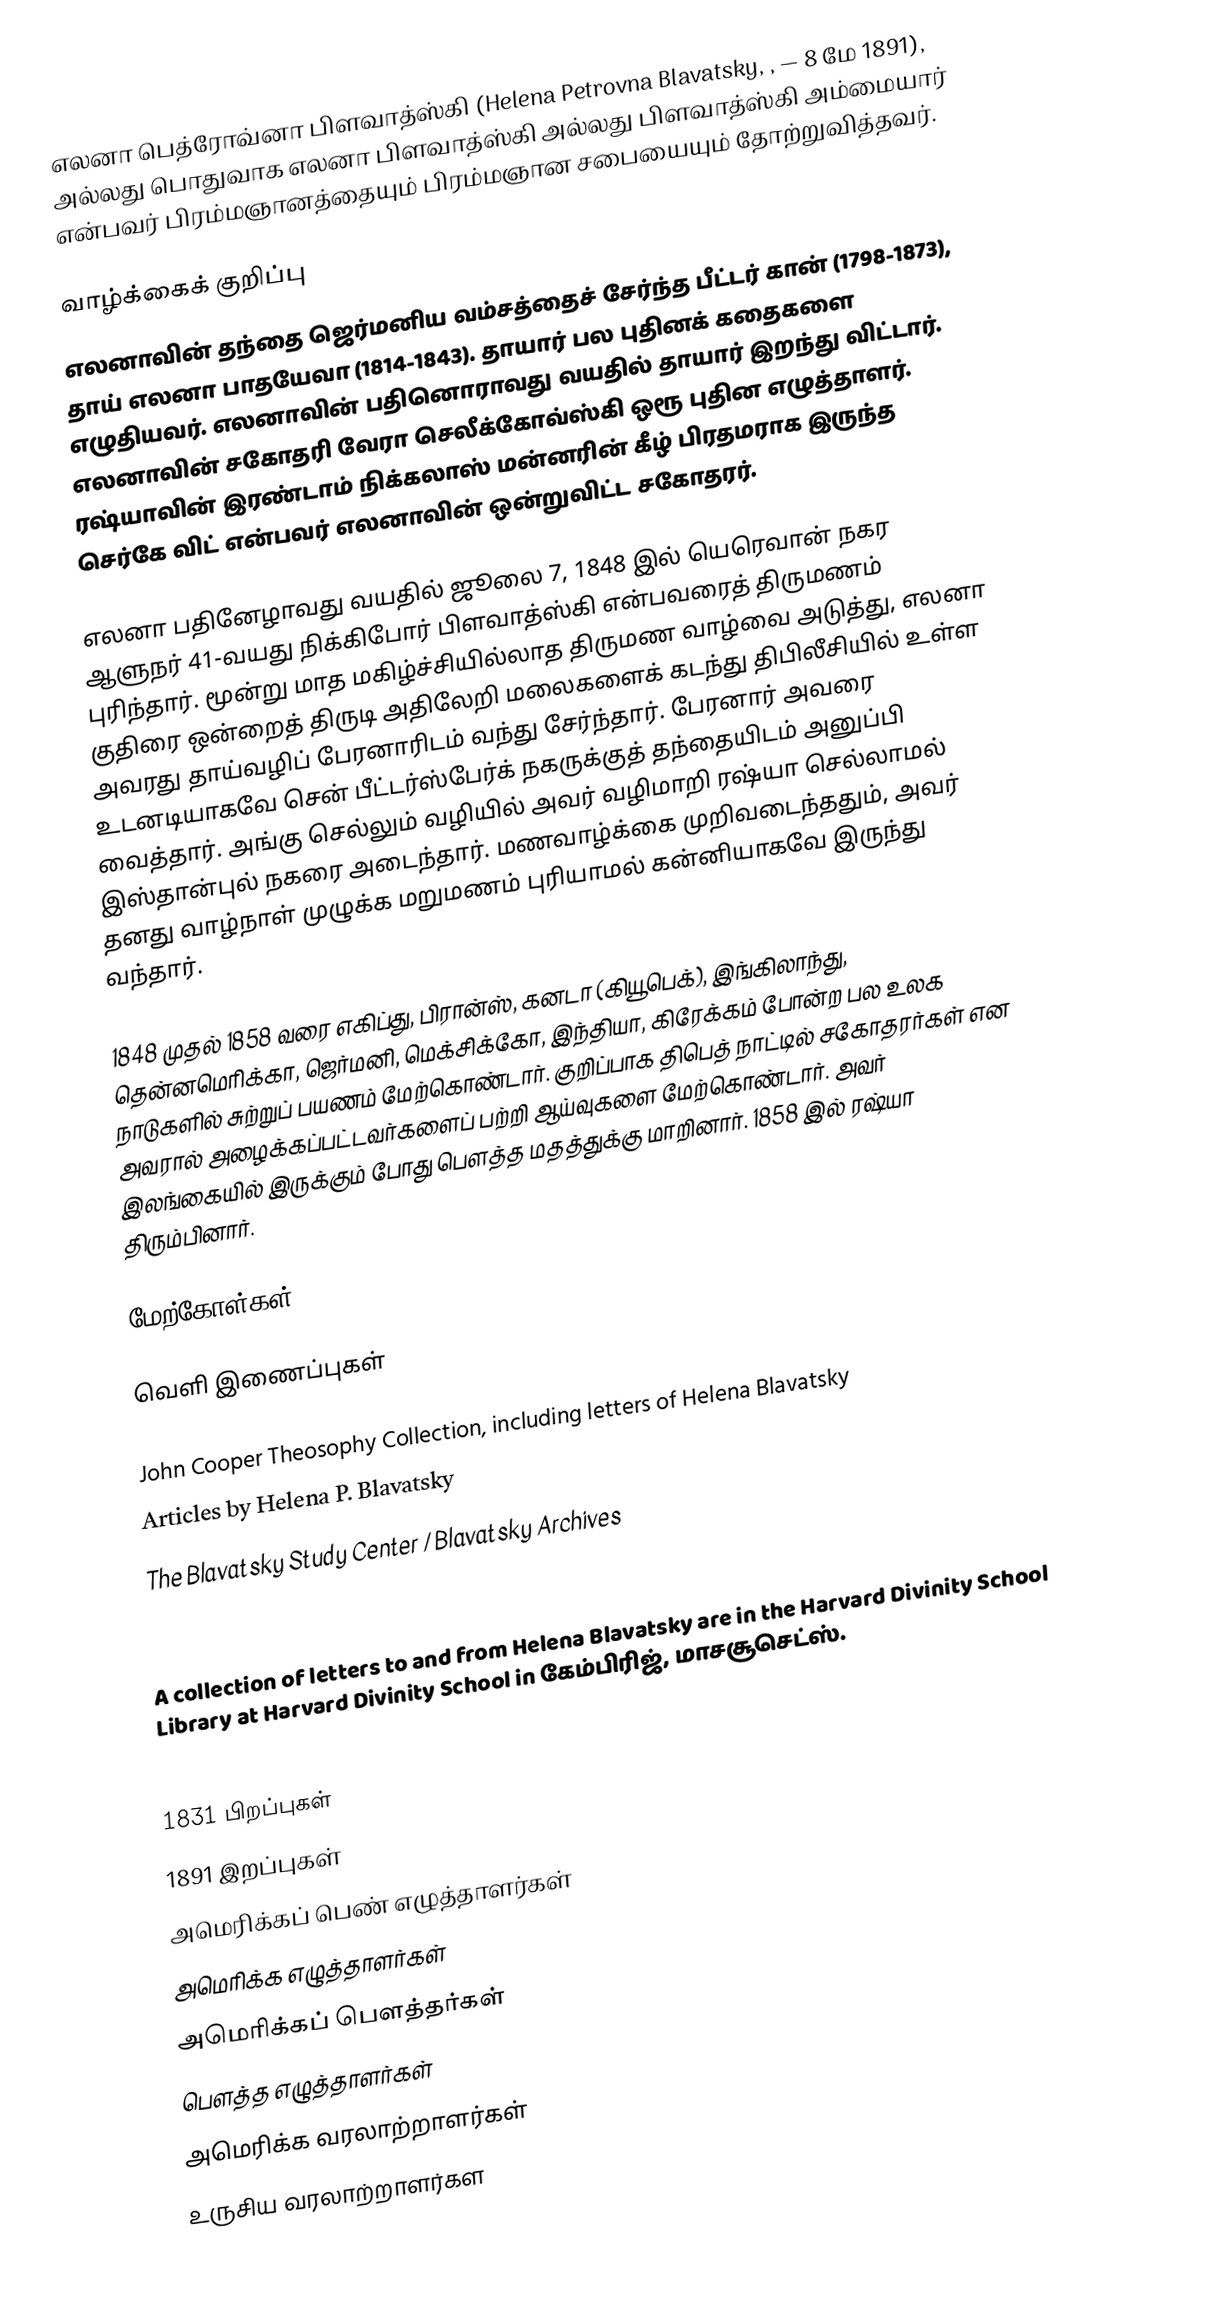
எலனா பெத்ரோவ்னா பிளவாத்ஸ்கி (Helena Petrovna Blavatsky, ,  — 8 மே 1891), அல்லது பொதுவாக எலனா பிளவாத்ஸ்கி அல்லது பிளவாத்ஸ்கி அம்மையார் என்பவர் பிரம்மஞானத்தையும் பிரம்மஞான சபையையும் தோற்றுவித்தவர்.

வாழ்க்கைக் குறிப்பு
எலனாவின் தந்தை ஜெர்மனிய வம்சத்தைச் சேர்ந்த பீட்டர் கான் (1798-1873), தாய் எலனா பாதயேவா (1814-1843). தாயார் பல புதினக் கதைகளை எழுதியவர். எலனாவின் பதினொராவது வயதில் தாயார் இறந்து விட்டார். எலனாவின் சகோதரி வேரா செலீக்கோவ்ஸ்கி ஒரூ புதின எழுத்தாளர். ரஷ்யாவின் இரண்டாம் நிக்கலாஸ் மன்னரின் கீழ் பிரதமராக இருந்த செர்கே விட் என்பவர் எலனாவின் ஒன்றுவிட்ட சகோதரர்.

எலனா பதினேழாவது வயதில் ஜூலை 7, 1848 இல் யெரெவான் நகர ஆளுநர் 41-வயது நிக்கிபோர் பிளவாத்ஸ்கி என்பவரைத் திருமணம் புரிந்தார். மூன்று மாத மகிழ்ச்சியில்லாத திருமண வாழ்வை அடுத்து, எலனா குதிரை ஒன்றைத் திருடி அதிலேறி மலைகளைக் கடந்து திபிலீசியில் உள்ள அவரது தாய்வழிப் பேரனாரிடம் வந்து சேர்ந்தார். பேரனார் அவரை உடனடியாகவே சென் பீட்டர்ஸ்பேர்க் நகருக்குத் தந்தையிடம் அனுப்பி வைத்தார். அங்கு செல்லும் வழியில் அவர் வழிமாறி ரஷ்யா செல்லாமல் இஸ்தான்புல் நகரை அடைந்தார். மணவாழ்க்கை முறிவடைந்ததும், அவர் தனது வாழ்நாள் முழுக்க மறுமணம் புரியாமல் கன்னியாகவே இருந்து வந்தார்.

1848 முதல் 1858 வரை எகிப்து, பிரான்ஸ், கனடா (கியூபெக்), இங்கிலாந்து, தென்னமெரிக்கா, ஜெர்மனி, மெக்சிக்கோ, இந்தியா, கிரேக்கம் போன்ற பல உலக நாடுகளில் சுற்றுப் பயணம் மேற்கொண்டார். குறிப்பாக திபெத் நாட்டில் சகோதரர்கள் என அவரால் அழைக்கப்பட்டவர்களைப் பற்றி ஆய்வுகளை மேற்கொண்டார். அவர் இலங்கையில் இருக்கும் போது பௌத்த மதத்துக்கு மாறினார். 1858 இல் ரஷ்யா திரும்பினார்.

மேற்கோள்கள்

வெளி இணைப்புகள்

John Cooper Theosophy Collection, including letters of Helena Blavatsky
Articles by Helena P. Blavatsky
The Blavatsky Study Center / Blavatsky Archives

 A collection of letters to and from Helena Blavatsky are in the Harvard Divinity School Library at Harvard Divinity School in கேம்பிரிஜ், மாசசூசெட்ஸ்.

1831 பிறப்புகள்
1891 இறப்புகள்
அமெரிக்கப் பெண் எழுத்தாளர்கள்
அமெரிக்க எழுத்தாளர்கள்
அமெரிக்கப் பௌத்தர்கள்
பௌத்த எழுத்தாளர்கள்
அமெரிக்க வரலாற்றாளர்கள்
உருசிய வரலாற்றாளர்கள